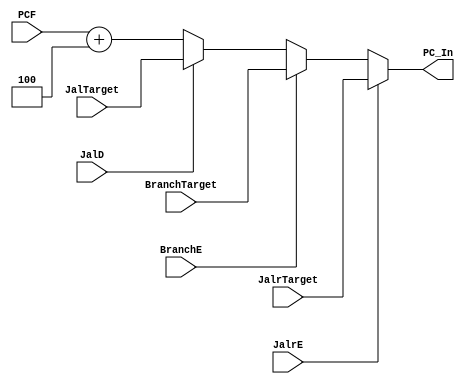
// This program was cloned from: https://github.com/Summer-Summer/ComputerArchitectureLab
// License: MIT License

`timescale 1ns / 1ps
//////////////////////////////////////////////////////////////////////////////////
// Company: USTC ESLABEmbeded System Lab
// Design Name: RISCV-Pipline CPU
// Module Name: NPC_Generator
// Target Devices: Nexys4
// Tool Versions: Vivado 2017.4.1
// Description: Choose Next PC value
//////////////////////////////////////////////////////////////////////////////////
module NPC_Generator(
    input wire [31:0] PCF,JalrTarget, BranchTarget, JalTarget,
    input wire BranchE,JalD,JalrE,
    output reg [31:0] PC_In
    );
    always @(*)
    begin
        if(JalrE)
            PC_In <= JalrTarget;
        else if(BranchE)
            PC_In <= BranchTarget;
        else if(JalD)
            PC_In <= JalTarget;
        else
            PC_In <= PCF+4;
    end
endmodule